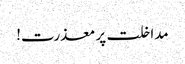
مداخلت پر معذرت!